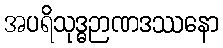
အပရိသုဒ္ဓဉာဏဒဿနော